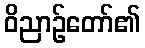
ဝိညာဉ်တော်၏